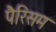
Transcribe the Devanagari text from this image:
पैरिसम